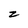
Character: z